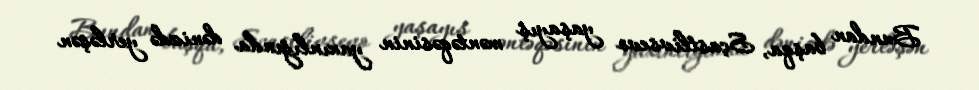
Bundan başqa, Sçastlivsevo yaşayış məntəqəsinin yaxınlığında dənizdə yerləşən